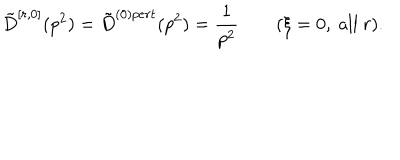
LaTeX: \tilde { D } ^ { [ r , 0 ] } ( p ^ { 2 } ) = \tilde { D } ^ { ( 0 ) p e r t } ( p ^ { 2 } ) = \frac { 1 } { p ^ { 2 } } \qquad ( \xi = 0 , \mathrm { ~ a l l ~ } r ) .